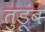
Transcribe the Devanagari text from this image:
तुडूंब